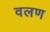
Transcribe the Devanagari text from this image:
वलण